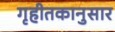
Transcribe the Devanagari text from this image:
गृहीतकानुसार